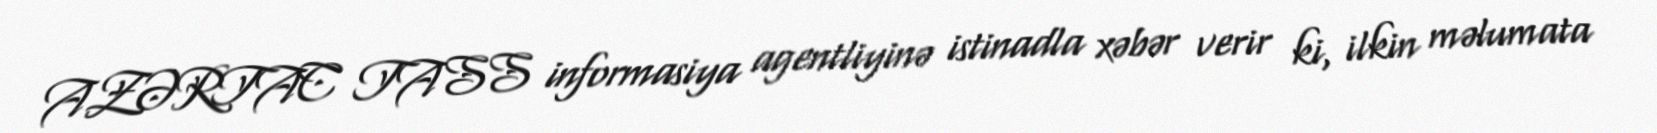
AZƏRTAC TASS informasiya agentliyinə istinadla xəbər verir ki, ilkin məlumata